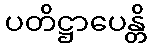
ပတိဋ္ဌာပေန္တိ